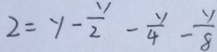
2 = y - \frac { y } { 2 } - \frac { y } { 4 } - \frac { y } { 8 }